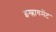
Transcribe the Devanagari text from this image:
इम्प्लायमेंट